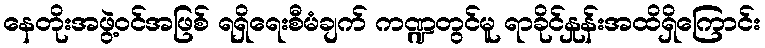
နေတိုးအဖွဲ့ဝင်အဖြစ် ရရှိရေးစီမံချက် ကဏ္ဍတွင်မူ ရာခိုင်နှုန်းအထိရှိကြောင်း